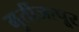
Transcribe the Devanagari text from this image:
मुर्तीजापूर